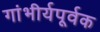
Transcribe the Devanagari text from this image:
गांभीर्यपूर्वक